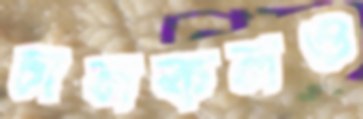
চালকলও